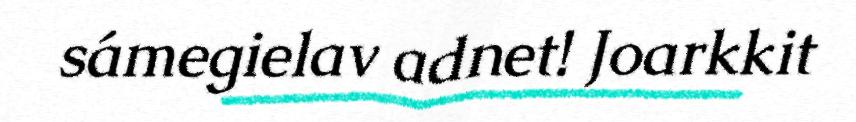
sámegielav adnet! Joarkkit